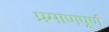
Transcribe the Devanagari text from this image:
प्रमाणपूर्ण